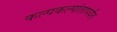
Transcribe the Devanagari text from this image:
कल्पकल्पांतापर्यंत